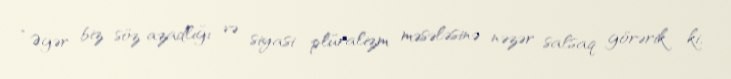
“Əgər biz söz azadlığı və siyasi plüralizm məsələsinə nəzər salsaq görərik ki,